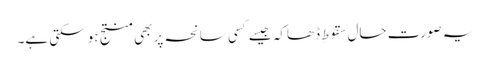
یہ صورت حال سقوطِ ڈھاکہ جیسے کسی سانحہ پر بھی منتج ہو سکتی ہے۔